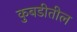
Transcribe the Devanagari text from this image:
कुबडीतील